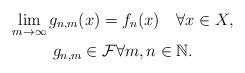
LaTeX: \begin{gather*}\lim_{m\to \infty} g_{n,m}(x)=f_n(x) \quad\forall x\in X,\\g_{n,m}\in\mathcal F\forall m,n\in\mathbb N.\end{gather*}